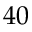
4 0